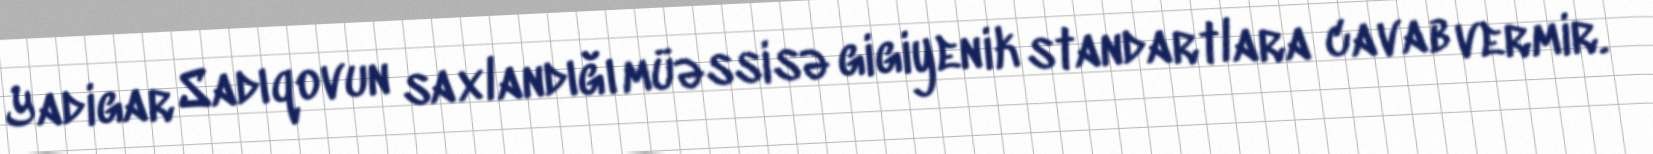
Yadigar Sadıqovun saxlandığı müəssisə gigiyenik standartlara cavab vermir.